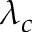
\lambda _ { c }